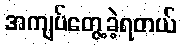
အကျပ်တွေ့ခဲ့ရတယ်